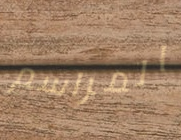
المراسم